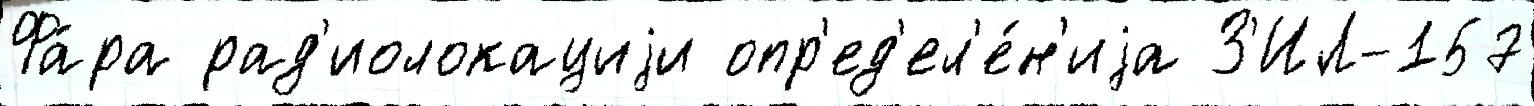
Фа́ра рад'иолокациjи опр'ед'ел'е́н'иjа З'ИЛ-157